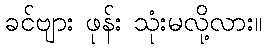
ခင်ဗျား ဖုန်း သုံးမလို့လား။